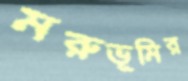
মরুভূমির